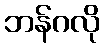
ဘန်ဂလို